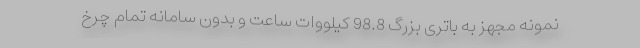
نمونه مجهز به باتری بزرگ 98.8 کیلووات ساعت و بدون سامانه تمام چرخ